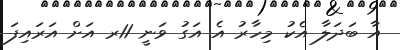
އާ ބަދަލާ އެކު މިހާރު އެ އަގު ވަނީ 11ރ އަށް އަރައިފަ